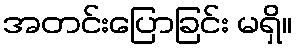
အတင်းပြောခြင်း မရှိ။